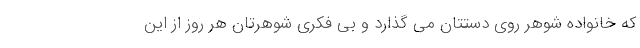
که خانواده شوهر روی دستتان می گذارد و بی فکری شوهرتان هر روز از این